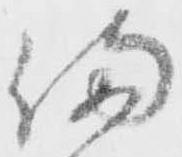
備